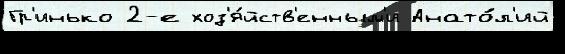
Гр'инько 2-е хоз'я́йств'енным'и Анато́л'ий